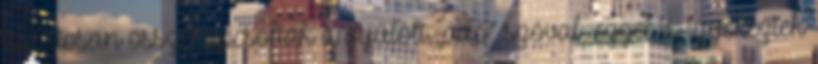
tudatosan összekapcsolták a gyűlölt „adó” szóval, ezzel is igyekeztek